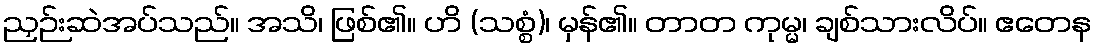
ညှဉ်းဆဲအပ်သည်။ အသိ၊ ဖြစ်၏။ ဟိ (သစ္စံ)၊ မှန်၏။ တာတ ကုမ္မ၊ ချစ်သားလိပ်။ ဧတေန